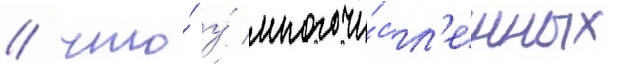
/ что́ у́ многочи́сл'енных